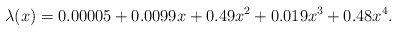
\begin{align*}\lambda(x) = 0.00005+ 0.0099x + 0.49x^2 + 0.019 x^3 + 0.48 x^4.\end{align*}